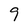
Character: 9